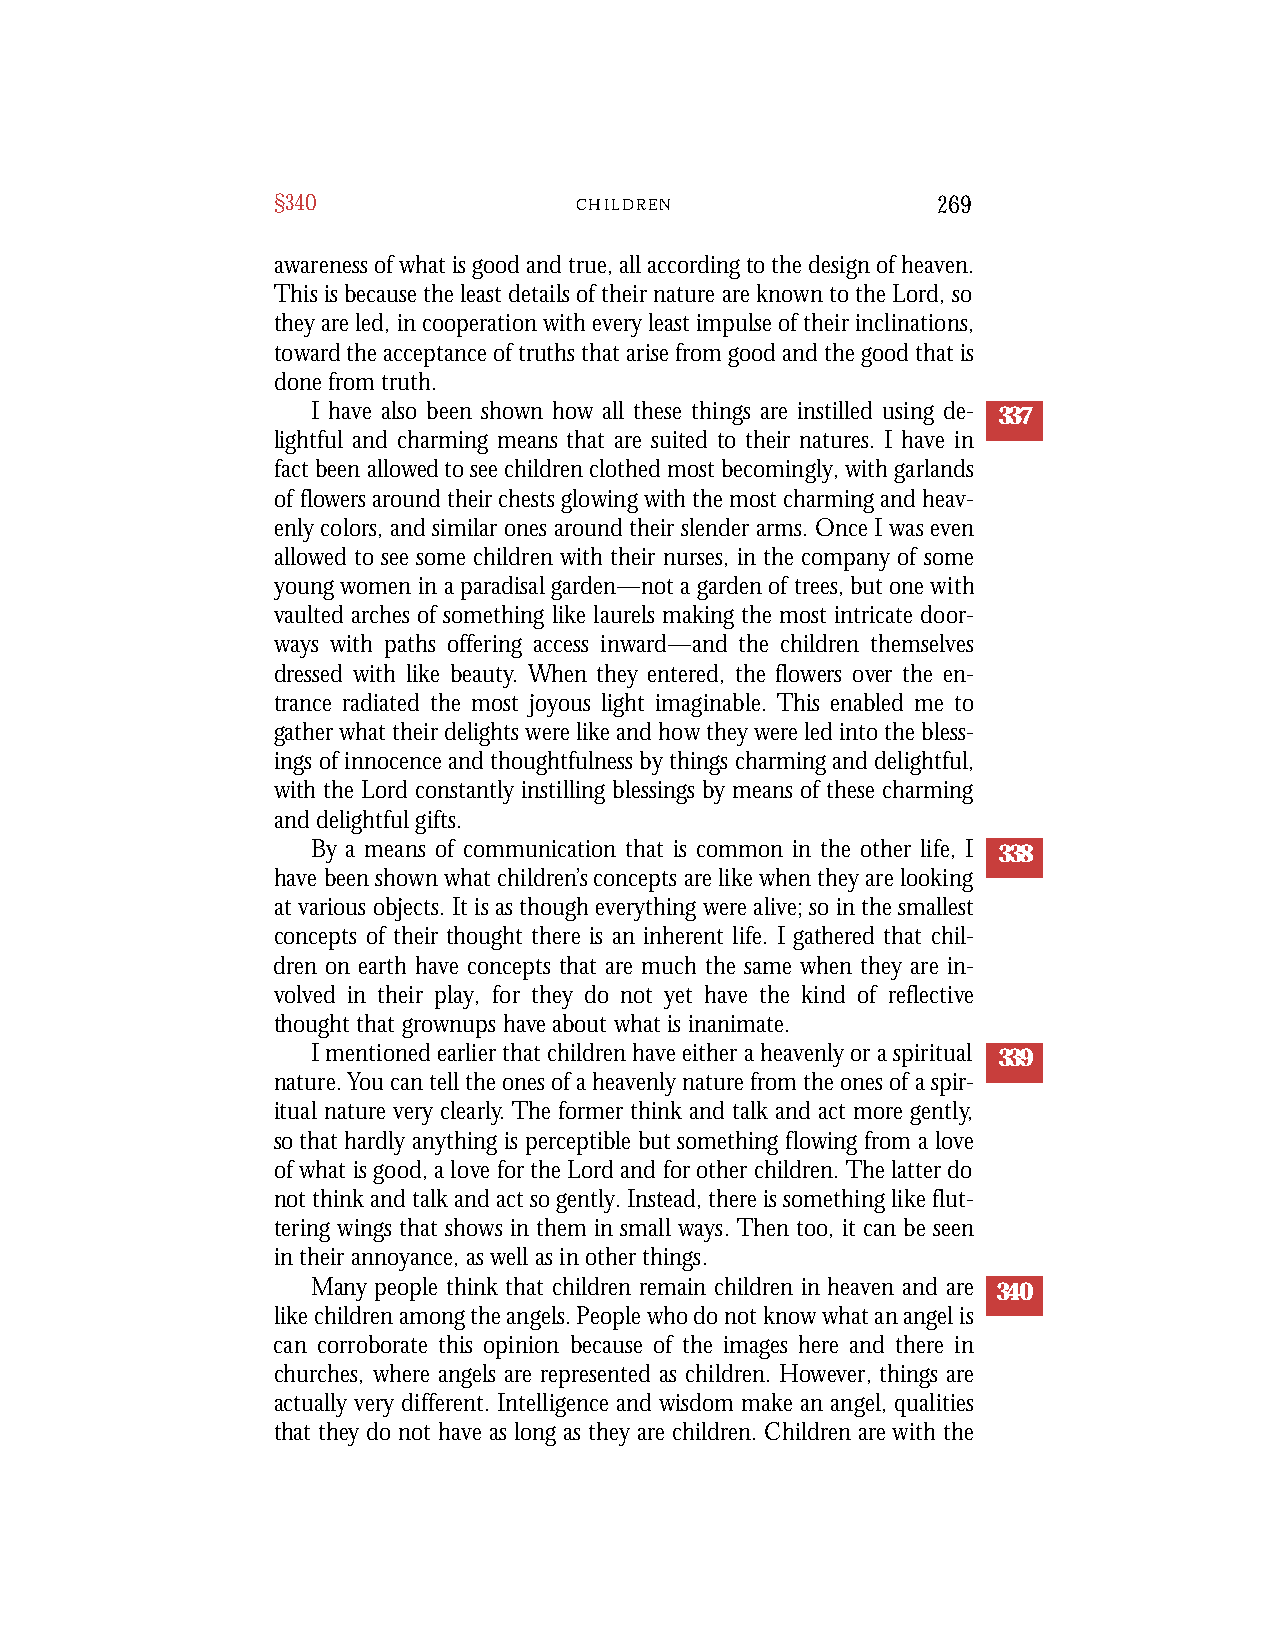
§340                C H I L D R E N         269
 awareness of what is good and true, all according to the design of heaven.
 This is because the least details of their nature are known to the Lord, so
 they are led, in cooperation with every least impulse of their inclinations,
 toward the acceptance of truths that arise from good and the good that is
 done from truth.
 I have also been shown how all these things are instilled using de- 337
 lightful and charming means that are suited to their natures. I have in
 fact been allowed to see children clothed most becomingly, with garlands
 of flowers around their chests glowing with the most charming and heav-
 enly colors, and similar ones around their slender arms. Once I was even
 allowed to see some children with their nurses, in the company of some
 young women in a paradisal garden—not a garden of trees, but one with
 vaulted arches of something like laurels making the most intricate door-
 ways with paths offering access inward—and the children themselves
 dressed with like beauty. When they entered, the flowers over the en-
 trance radiated the most joyous light imaginable. This enabled me to
 gather what their delights were like and how they were led into the bless-
 ings of innocence and thoughtfulness by things charming and delightful,
 with the Lord constantly instilling blessings by means of these charming
 and delightful gifts.
 By a means of communication that is common in the other life, I 338
 have been shown what children’s concepts are like when they are looking
 at various objects. It is as though everything were alive; so in the smallest
 concepts of their thought there is an inherent life. I gathered that chil-
 dren on earth have concepts that are much the same when they are in-
 volved in their play, for they do not yet have the kind of reflective
 thought that grownups have about what is inanimate.
 I mentioned earlier that children have either a heavenly or a spiritual 339
 nature. You can tell the ones of a heavenly nature from the ones of a spir-
 itual nature very clearly.The former think and talk and act more gently,
 so that hardly anything is perceptible but something flowing from a love
 of what is good, a love for the Lord and for other children. The latter do
 not think and talk and act so gently. Instead, there is something like flut-
 tering wings that shows in them in small ways. Then too, it can be seen
 in their annoyance, as well as in other things.
 Many people think that children remain children in heaven and are 340
 like children among the angels. People who do not know what an angel is
 can corroborate this opinion because of the images here and there in
 churches, where angels are represented as children. However, things are
 actually very different. Intelligence and wisdom make an angel, qualities
 that they do not have as long as they are children. Children are with the